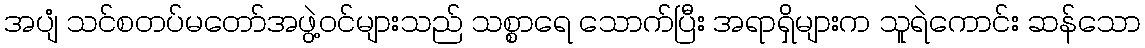
အပျံ သင်စတပ်မတော်အဖွဲ့ဝင်များသည် သစ္စာရေ သောက်ပြီး အရာရှိများက သူရဲကောင်း ဆန်သော